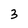
Character: 3